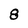
Character: 8